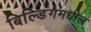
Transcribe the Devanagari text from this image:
बिल्डिंगमधील